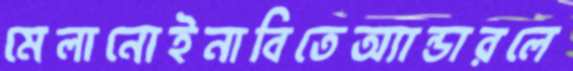
মেলানোইনাবিতেঅ্যান্ডারলে